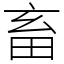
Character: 畜